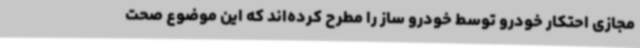
مجازی احتکار خودرو توسط خودرو ساز را مطرح کرده‌اند که این موضوع صحت